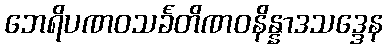
ဘေရိပဏဝသင်္ခတိဏဝနိန္နာဒသဒ္ဒေန